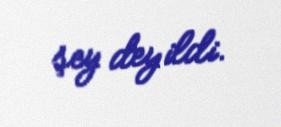
şey deyildi.